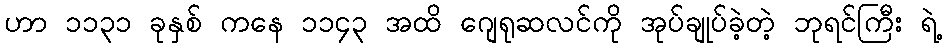
ဟာ ၁၁၃၁ ခုနှစ် ကနေ ၁၁၄၃ အထိ ဂျေရုဆလင်ကို အုပ်ချုပ်ခဲ့တဲ့ ဘုရင်ကြီး ရဲ့